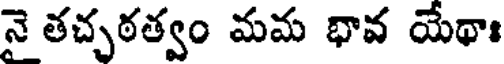
నై తచ్చఠత్వం మమ భావ యేథాః